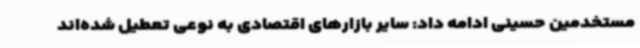
مستخدمین حسینی ادامه داد: سایر بازارهای اقتصادی به نوعی تعطیل شده‌اند